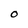
Character: O